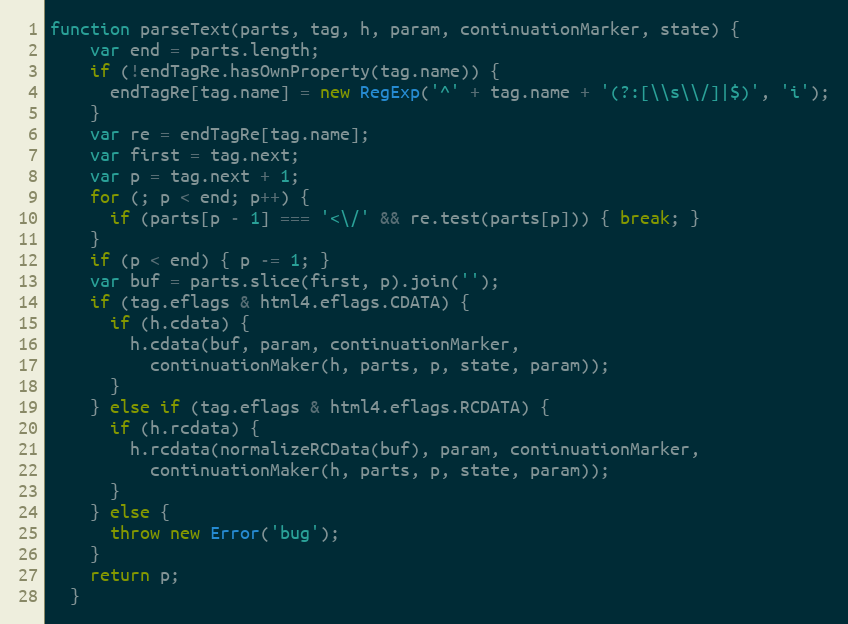
Language: JavaScript
function parseText(parts, tag, h, param, continuationMarker, state) {
    var end = parts.length;
    if (!endTagRe.hasOwnProperty(tag.name)) {
      endTagRe[tag.name] = new RegExp('^' + tag.name + '(?:[\\s\\/]|$)', 'i');
    }
    var re = endTagRe[tag.name];
    var first = tag.next;
    var p = tag.next + 1;
    for (; p < end; p++) {
      if (parts[p - 1] === '<\/' && re.test(parts[p])) { break; }
    }
    if (p < end) { p -= 1; }
    var buf = parts.slice(first, p).join('');
    if (tag.eflags & html4.eflags.CDATA) {
      if (h.cdata) {
        h.cdata(buf, param, continuationMarker,
          continuationMaker(h, parts, p, state, param));
      }
    } else if (tag.eflags & html4.eflags.RCDATA) {
      if (h.rcdata) {
        h.rcdata(normalizeRCData(buf), param, continuationMarker,
          continuationMaker(h, parts, p, state, param));
      }
    } else {
      throw new Error('bug');
    }
    return p;
  }